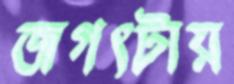
জগৎটায়